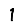
Digit: 1